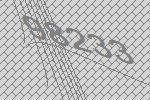
98233